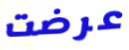
عرضت